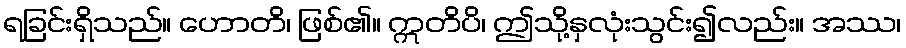
ရခြင်းရှိသည်။ ဟောတိ၊ ဖြစ်၏။ ဣတိပိ၊ ဤသို့နှလုံးသွင်း၍လည်း။ အဿ၊